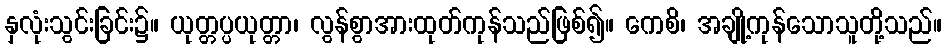
နှလုံးသွင်းခြင်း၌။ ယုတ္တပ္ပယုတ္တာ၊ လွန်စွာအားထုတ်ကုန်သည်ဖြစ်၍။ ကေစိ၊ အချို့ကုန်သောသူတို့သည်။